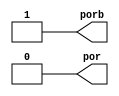
// SPDX-FileCopyrightText: 2020 Efabless Corporation
//
// Licensed under the Apache License, Version 2.0 (the "License");
// you may not use this file except in compliance with the License.
// You may obtain a copy of the License at
//
//      http://www.apache.org/licenses/LICENSE-2.0
//
// Unless required by applicable law or agreed to in writing, software
// distributed under the License is distributed on an "AS IS" BASIS,
// WITHOUT WARRANTIES OR CONDITIONS OF ANY KIND, either express or implied.
// See the License for the specific language governing permissions and
// limitations under the License.
// SPDX-License-Identifier: Apache-2.0

`default_nettype none
`timescale 1 ns / 1 ps

module simple_por(
`ifdef USE_POWER_PINS
    inout VDD,
    inout VSS,
`endif
    output porb,
    output por
);

    reg inode;
    parameter PoR_DURATION = 500;
    // This is a behavioral model!  Actual circuit is a resitor dumping
    // current (slowly) from vdd3v3 onto a capacitor, and this fed into
    // two schmitt triggers for strong hysteresis/glitch tolerance.

    initial begin
        inode = 1'b0; 
        #PoR_DURATION;
        inode = 1'b1; 
    end 

    // Emulate current source on capacitor as a 500ns delay either up or
    // down.  Note that this is sped way up for verilog simulation;  the
    // actual circuit is set to a 15ms delay.

    // Problem:  The GF power supplies in the I/O library are implemented
    // with "supply0" and "supply1", meaning that the power supply is tied
    // high permanently and never transitions.

    // always @(posedge VDD) begin
    // initial begin
	// #1000 inode <= 1'b1;
    // end
    // always @(negedge VDD) begin
    //	#500 inode <= 1'b0;
    // end

    // Instantiate this as a buffer. . . not a lot of choices
    assign porb = inode;

    // since this is behavioral anyway, but this should be
    // replaced by a proper inverter
    assign por = ~porb;
endmodule
`default_nettype wire